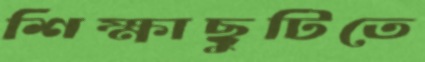
শিক্ষাছুটিতে